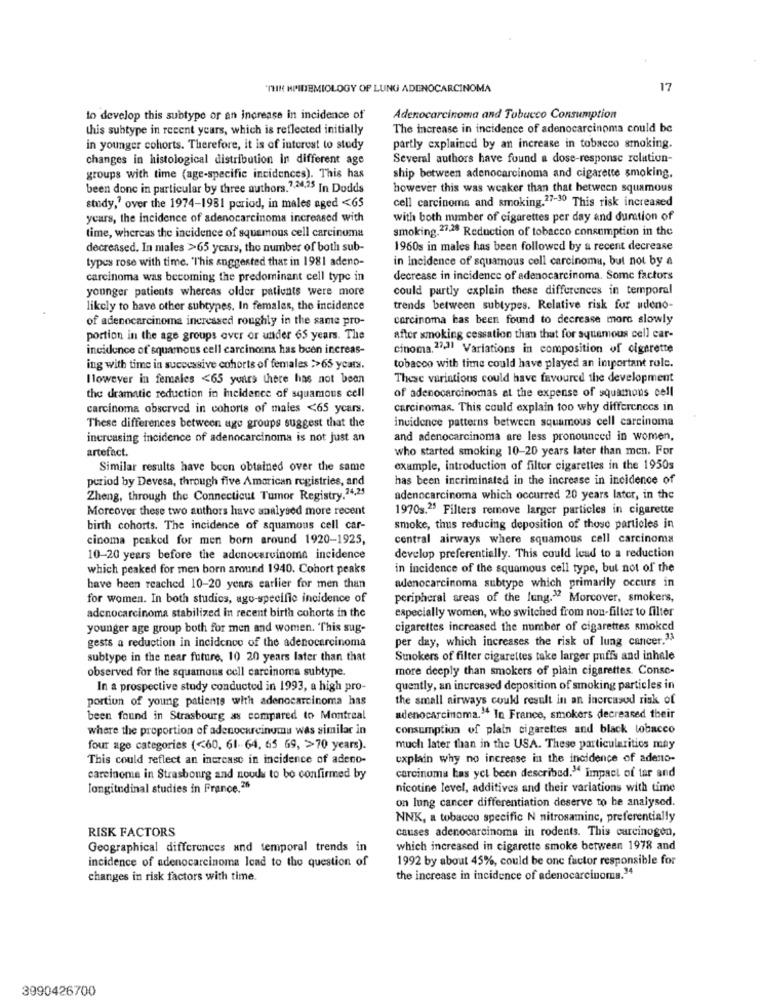
"THE HPIDEMIOLOGY OF LUNG ADENOCARCINOMA
17
to develop this subtype or an increase in incidence of
Adenocarcinoma and Tobucco Consumption
this subtype in recent years, which is reflected initially
The increase in incidence of adenocarcinoma could be
in younger cohorts. Therefore, it is of interest to study
partly explained by an increase in tobacco smoking.
changes in histological distribution In different age
Several authors have found a dose-response relation-
groups with time (age-specific incidences). This has
ship between adenocarcinoma and cigarette smoking,
been donc in particular by three authors.7.24,25 In Dodds
however this was weaker than that between squamous
study," over the 1974-1981 period, in males aged <65
cell carcinoma and smoking.27-30 This risk increased
years, the incidence of adenocarcinoma increased with
with both number of cigarettes per day and duration of
smoking.27.28 Reduction of tobacco consumption in the
time, whereas the incidence of squamous cell carcinoma
decreased. In males >65 years, the number of both sub-
1960s in males has been followed by a recent decrease
types rose with time. "This suggested that in 1981 adeno-
in incidence of squamous cell carcinoma, but not by a
carcinoma was becoming the predominant cell type in
decrease in incidence of adenocarcinoma. Some factors
younger patients whereas older patients were more
could partly explain these differences in temporal
likely to have other subtypes. In females, the incidence
trends between subtypes. Relative risk for udeno-
of adenocarcinoma increased roughly in the same pro-
carcinoma has been found to decrease more slowly
portion in the age groups over or under 65 years. The
after smoking cessation than that for squamous cell car-
incidence of squamous cell carcinoma has been increas-
cinoma,17,11 Variations in composition of cigarette
ing with time in successive cohorts of females >>65 years.
tobacco with time could have played an important role.
However in females <65 years there has not been
These variations could have favoured the development
of adenocarcinomas at the expense of squamous cell
the dramatic reduction in incidence of squamous cell
carcinoma observed in cohorte of males <65 years.
carcinomas. This could explain too why differences in
incidence patterns between squamous cell carcinoma
These differences between age groups suggest that the
increasing incidence of adenocarcinoma is not just an
and adenocarcinoma are less pronounced in women,
artefact.
who started smoking 10-20 years later than men. For
Similar results have been obtained over the same
example, introduction of filter cigarettes in the 1950s
period by Devesa, through five American registries, and
has been incriminated in the increase in incidence of
Zheng, through the Connecticut Tumor Registry.24,25
adenocarcinoma which occurred 20 years later, in the
Moreover these two authors have analysed more recent
1970s.25 Filters remove larger particles in cigarette
birth cohorts. The incidence of squamous cell car-
smoke, thus reducing deposition of those particles in
cinoma peaked for men born around 1920-1925,
central airways where squamous cell carcinoma
10-20 years before the adenocarcinoma incidence
develop preferentially. This could lead to a reduction
which peaked for men born around 1940. Cohort peaks
in incidence of the squamous cell type, but not of the
have been reached 10-20 years earlier for men than
adenocarcinoma subtype which primarily occurs in
for women. In both studios, ago-specific incidence of
peripheral areas of the fung." Morcover, smokers,
especially women, who switched from non-filter to filter
adenocarcinoma stabilized in recent birth cohorts in the
younger age group both for men and women. "This sug-
cigarettes increased the number of cigarettes smoked
per day, which increases the risk of lung cancer."
gests a reduction in incidence of the adenocarcinoma
subtype in the near future, 10 20 years later than that
Smokers of filter cigarettes take larger puffs and inhale
observed for the squamous cell carcinoma subtype.
more deeply than smokers of plain cigarettes. Conse-
In a prospective study conducted in 1993, a high pro-
quently, an increased deposition of smoking particles in
portion of young patients with adenocarcinoma has
the small airways could result in an increased risk of
been found in Strasbourg as compared to Montreal
adenocarcinoma." In France, smokers decreased their
where the proportion of adenocarcinuma was similar in
consumption of plain cigarettes and black tobacco
four age categories (<60, 61-64, 65 69, >70 years).
much later than in the USA. These particularitios may
This could reflect an increase in incidence of adeno-
explain why no increase in the incidence of adeno-
carcinoma in Strasbourg and nouds to bo confirmed by
carcinoma bas yet been described." Impact of tar and
longitudinal studies in France,26
nicotine level, additives and their variations with time
on lung cancer differentiation deserve to be analysed.
NNK, a tobacco specific N nitrosaminc, preferentially
RISK FACTORS
causes adenocarcinoma in rodents. This carcinogen,
Geographical differences and temporal trends in
which increased in cigarette smoke between 1978 and
incidence of adenocarcinoma lead to the question of
1992 by about 45%, could be one factor responsible for
changes in risk factors with time.
the increase in incidence of adenocarcinoma."4
3990426700